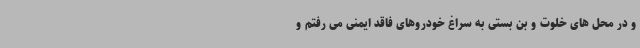
و در محل های خلوت و بن بستی به سراغ خودروهای فاقد ایمنی می رفتم و